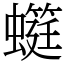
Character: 䗴